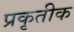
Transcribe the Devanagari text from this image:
प्रकृतीक